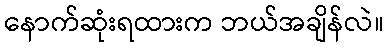
နောက်ဆုံးရထားက ဘယ်အချိန်လဲ။